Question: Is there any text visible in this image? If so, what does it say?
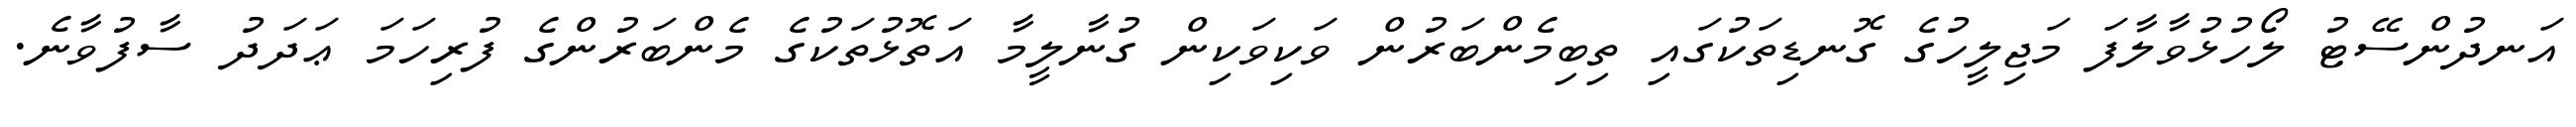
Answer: އަނދުންސޭޓު ލޯހުޅުވާލާފަ މަޖިލީހުގެ ގޮނޑިތަކުގައި ތިބިމެންބަރުން ވަކިވަކިން ގުނާލީމާ އަތޮޅުތަކުގެ މެންބަރުންގެ ފުރިހަމަ ޢަދަދު ސާފުވާނެ.